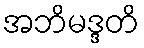
အဘိမဒ္ဒတိ